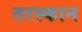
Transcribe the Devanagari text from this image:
तरस्कान